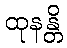
ထုနန္တိ